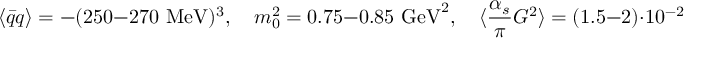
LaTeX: \langle \bar { q } q \rangle = - ( 2 5 0 - 2 7 0 \mathrm { ~ M e V } ) ^ { 3 } , \quad m _ { 0 } ^ { 2 } = 0 . 7 5 - 0 . 8 5 \mathrm { ~ G e V } ^ { 2 } , \quad \langle \frac { \alpha _ { s } } { \pi } G ^ { 2 } \rangle = ( 1 . 5 - 2 ) \cdot 1 0 ^ { - 2 } \mathrm { ~ G e V } ^ { 4 } ,